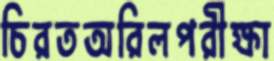
চিরতঅরিলপরীক্ষা